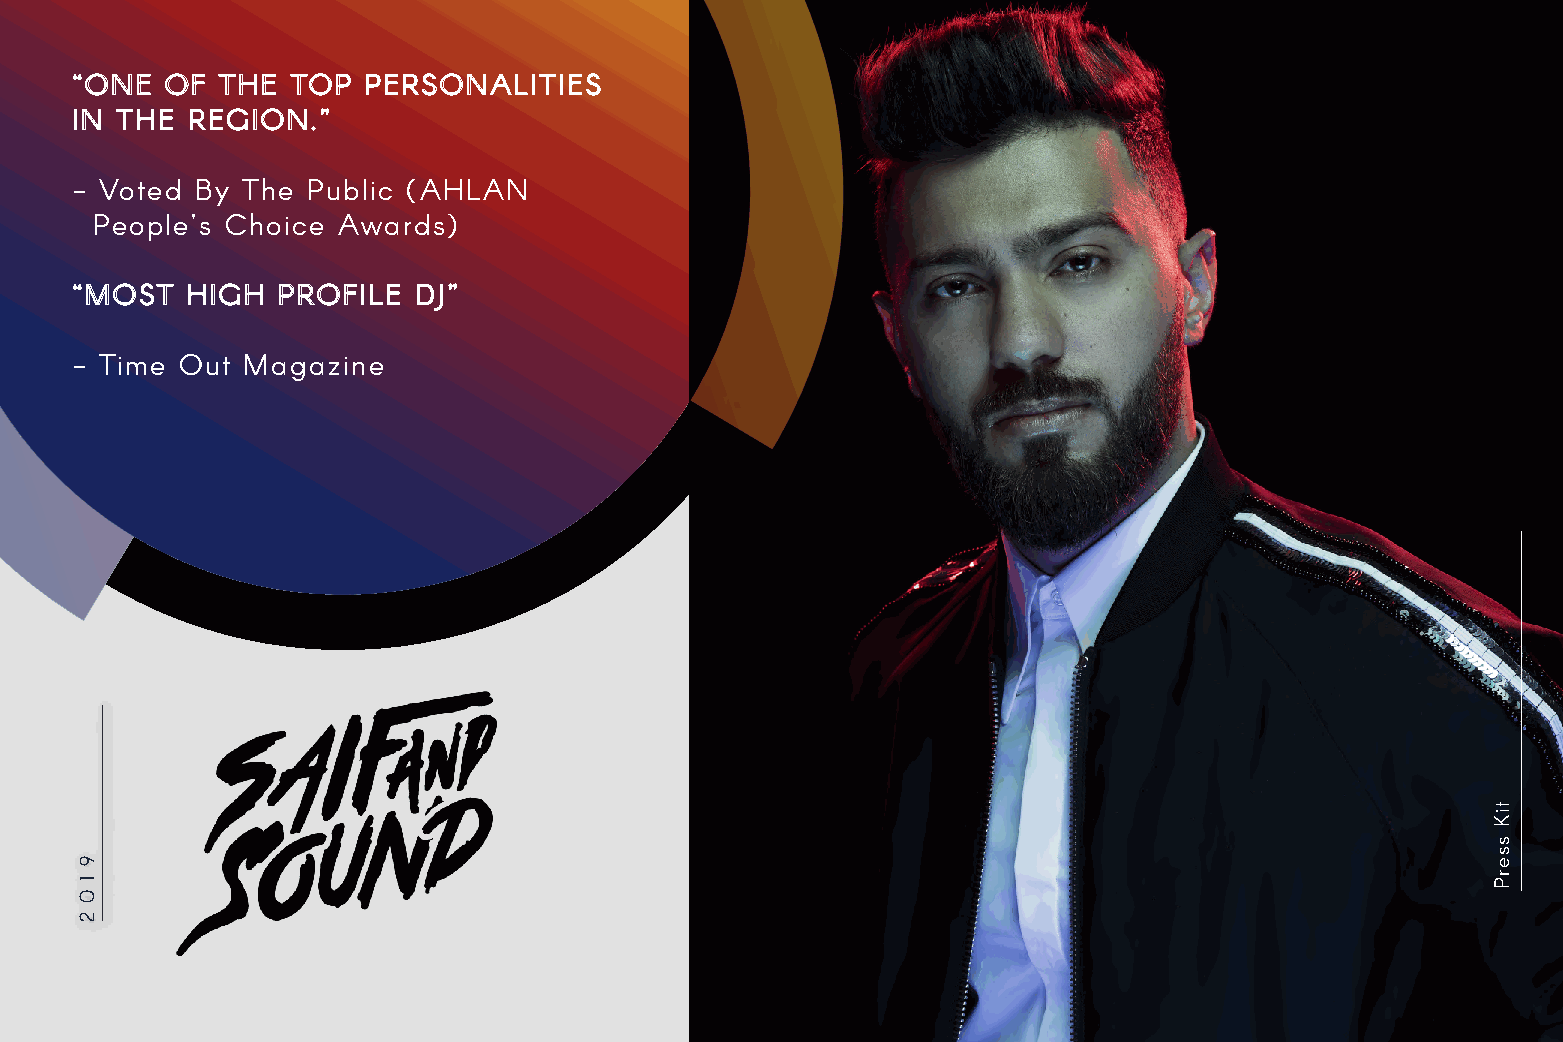
“ONE  OF THE  TOP  PERSONALITIES
 IN THE REGION.”
 - Voted By The Public (AHLAN
 People’s Choice Awards)
 “MOST  HIGH  PROFILE  DJ”
 - Time Out Magazine
 9
 1
 0
 2
 tiK
 sserP